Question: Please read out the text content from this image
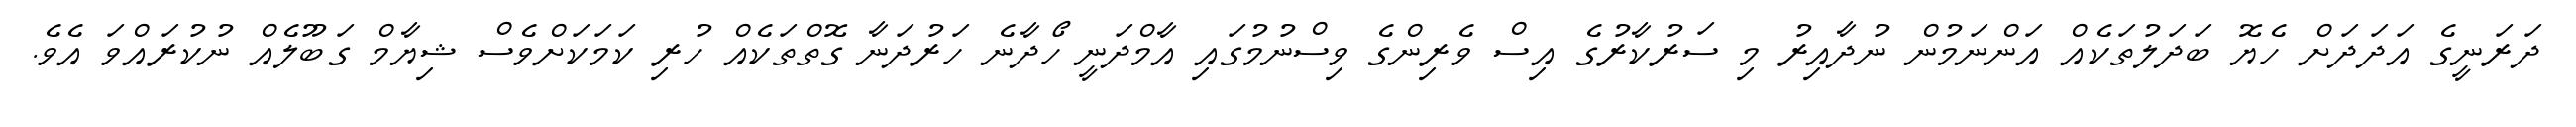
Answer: ދަރަނީގެ އަދަދަށް ހެޔޮ ބަދަލުތަކެއް އަންނަމުން ނުދާއިރު މި ސަރުކާރުގެ އިސް ވެރިންގެ ވިސްނުމުގައި އާމްދަނީ ހޯދާނެ ހަރުދަނާ ގޮތްތަކެއް ހުރި ކަމަކަށްވެސް ޝިޔާމް ގަބޫލެއް ނުކުރައްވަ އެވެ.